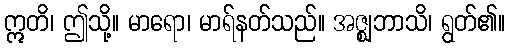
ဣတိ၊ ဤသို့။ မာရော၊ မာရ်နတ်သည်။ အဇ္ဈဘာသိ၊ ရွတ်၏။